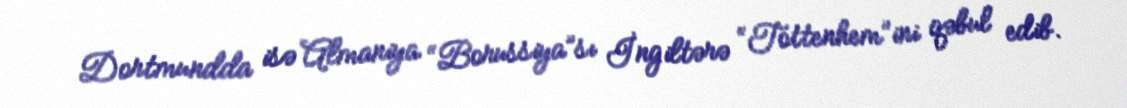
Dortmundda isə Almaniya “Borussiya”sı İngiltərə “Tottenhem”ini qəbul edib.